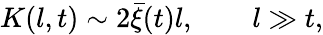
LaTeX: K(l,t)\sim 2\bar{\xi}(t)l,\qquad l\gg t,